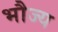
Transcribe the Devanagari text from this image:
भौज्य